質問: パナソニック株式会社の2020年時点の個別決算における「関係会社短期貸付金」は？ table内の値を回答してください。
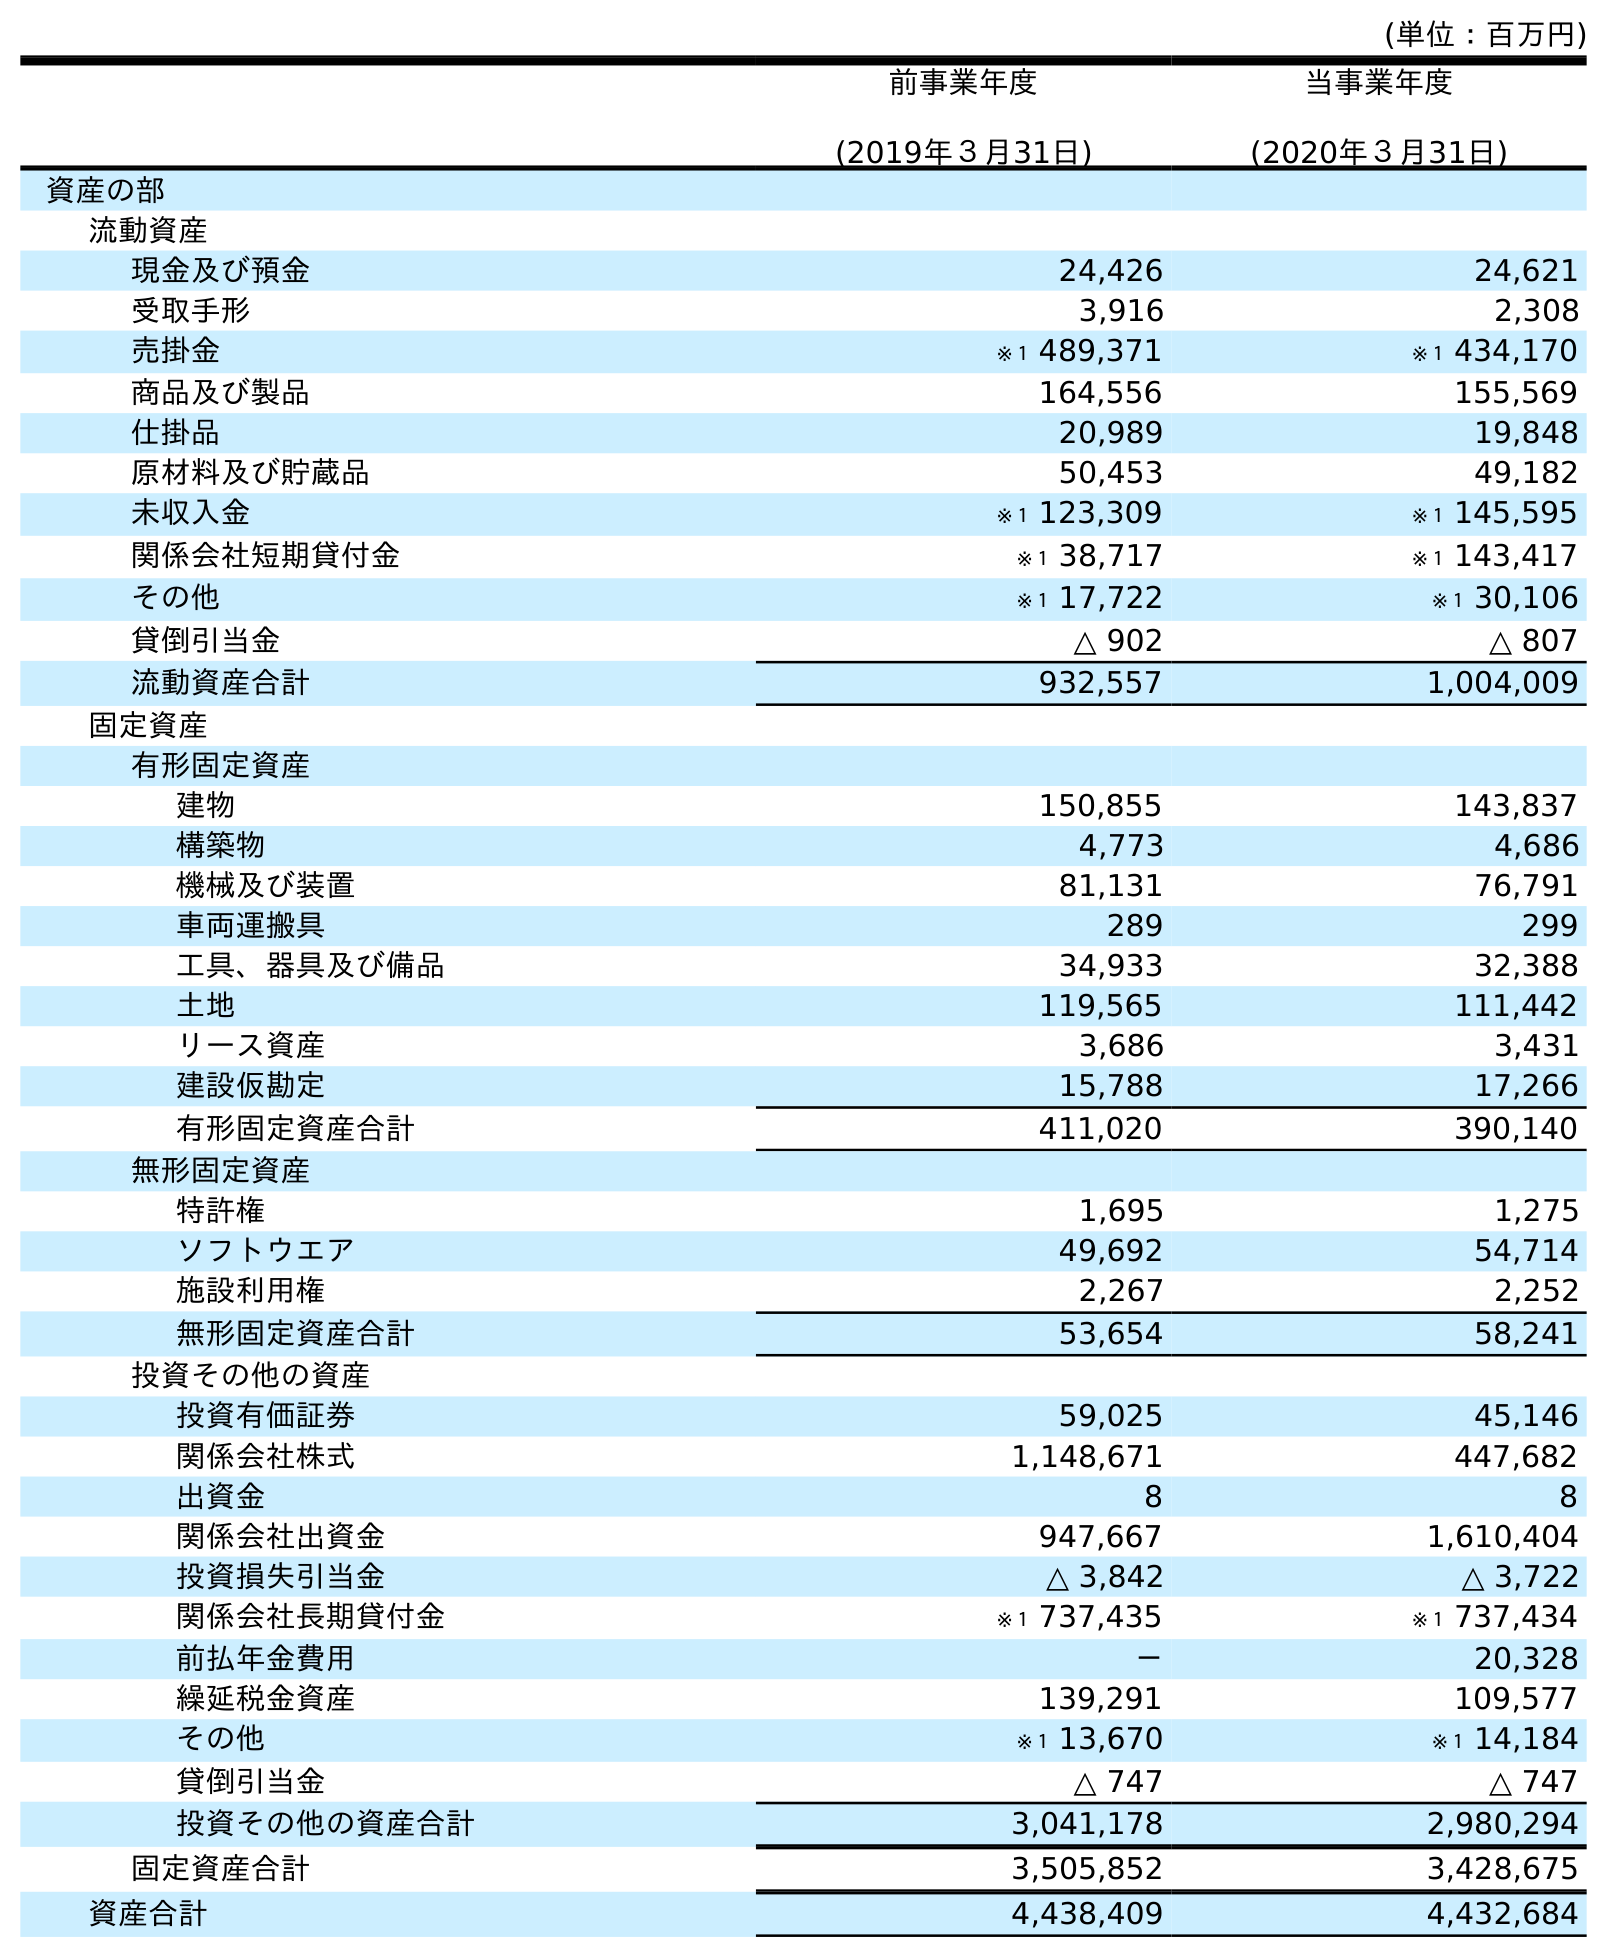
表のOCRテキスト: (単位：百万円) 前事業年度 (2019年３月31日) 当事業年度 (2020年３月31日) 資産の部 流動資産 現金及び預金 24,426 24,621 受取手形 3,916 2,308 売掛金 ※１ 489,371 ※１ 434,170 商品及び製品 164,556 155,569 仕掛品 20,989 19,848 原材料及び貯蔵品 50,453 49,182 未収入金 ※１ 123,309 ※１ 145,595 関係会社短期貸付金 ※１ 38,717 ※１ 143,417 その他 ※１ 17,722 ※１ 30,106 貸倒引当金 △ 902 △ 807 流動資産合計 932,557 1,004,009 固定資産 有形固定資産 建物 150,855 143,837 構築物 4,773 4,686 機械及び装置 81,131 76,791 車両運搬具 289 299 工具、器具及び備品 34,933 32,388 土地 119,565 111,442 リース資産 3,686 3,431 建設仮勘定 15,788 17,266 有形固定資産合計 411,020 390,140 無形固定資産 特許権 1,695 1,275 ソフトウエア 49,692 54,714 施設利用権 2,267 2,252 無形固定資産合計 53,654 58,241 投資その他の資産 投資有価証券 59,025 45,146 関係会社株式 1,148,671 447,682 出資金 8 8 関係会社出資金 947,667 1,610,404 投資損失引当金 △ 3,842 △ 3,722 関係会社長期貸付金 ※１ 737,435 ※１ 737,434 前払年金費用 － 20,328 繰延税金資産 139,291 109,577 その他 ※１ 13,670 ※１ 14,184 貸倒引当金 △ 747 △ 747 投資その他の資産合計 3,041,178 2,980,294 固定資産合計 3,505,852 3,428,675 資産合計 4,438,409 4,432,684
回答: ※１143,417